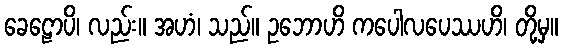
ခေဠောပိ၊ လည်း။ အဟံ၊ သည်။ ဥဘောဟိ ကပေါလပေဿဟိ၊ တို့မှ။